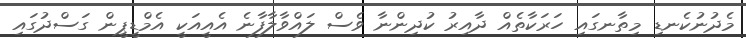
މެދުނުކެނޑި މިތާނގައި ހަރަކާތެއް ދާއިރު ކުދިންނާ ވެސް ލައްވާލާފާނެ އެއީއަކީ އެމްޑީޕީން ގަސްދުގައި